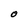
Character: O